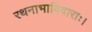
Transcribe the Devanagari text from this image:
रथनाभाविवाराः।